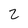
Character: 2